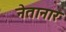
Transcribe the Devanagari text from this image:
नेतानार